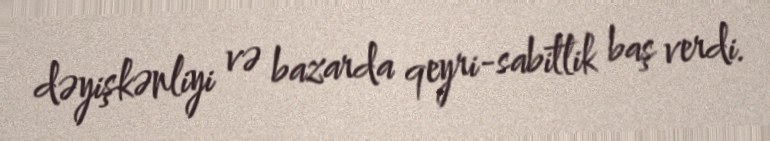
dəyişkənliyi və bazarda qeyri-sabitlik baş verdi.